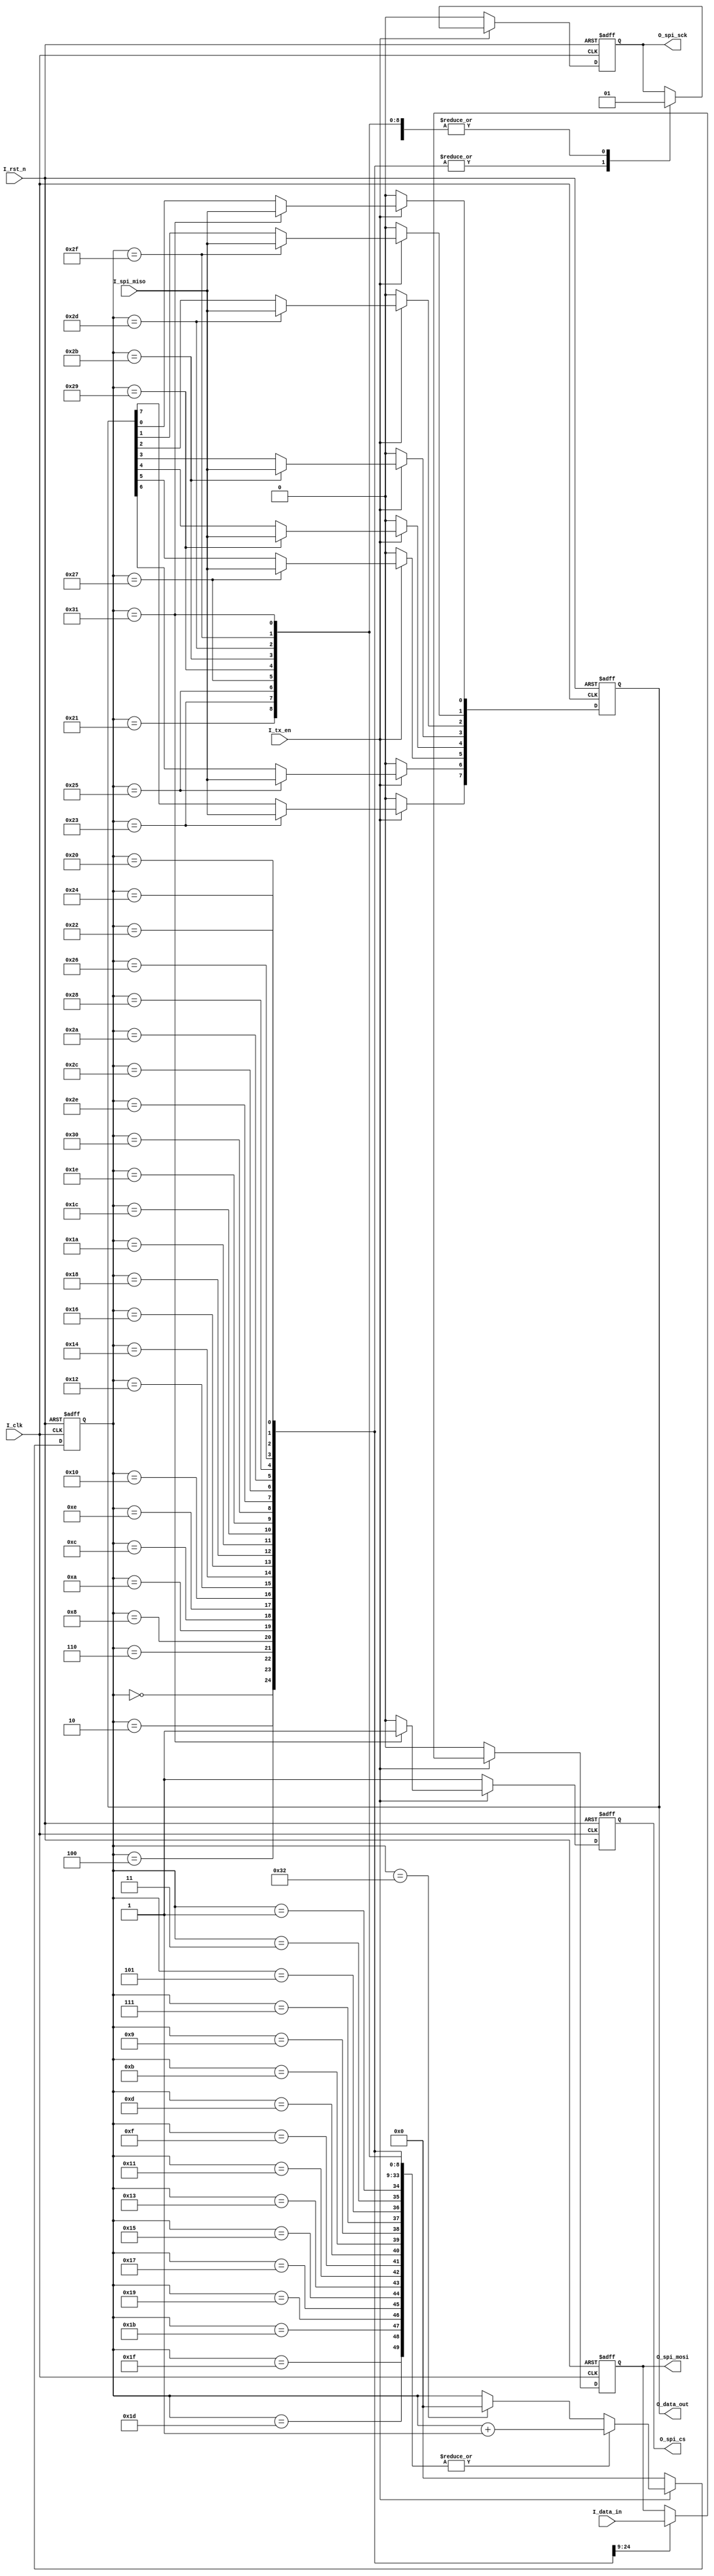
`timescale 1ns / 1ps
//////////////////////////////////////////////////////////////////////////////////
// Company: 
// Engineer: 
// 
// Design Name: 
// Module Name: spi_module
// Project Name: 
// Target Devices: 
// Tool Versions: 
// Description: 
// 
// Dependencies: 
// 
// Revision:
// Revision 0.01 - File Created
// Additional Comments:
// 
//////////////////////////////////////////////////////////////////////////////////


module spi_module
(
    input               I_clk       , // 50MHz
    input               I_rst_n     , // 
    input               I_tx_en     , // 
    input        [15:0]  I_data_in   , // 
    output  reg  [7:0]  O_data_out  , // 
    
    // SPI
    input               I_spi_miso  , // SPI
    output  reg         O_spi_sck   , // SPI
    output  reg         O_spi_cs    , // SPI
    output  reg         O_spi_mosi    // SPI          
);

reg [5:0]   state      ; 

always @(posedge I_clk or negedge I_rst_n)
begin
    if(!I_rst_n)
        begin
            state  <=  6'd0    ;
            O_spi_cs    <=  1'b1    ;
            O_spi_sck   <=  1'b0    ;
            O_spi_mosi  <=  1'b0    ;
            O_data_out  <=  8'd0    ;
        end 
    else if(I_tx_en) // 
        begin
            if(state==6'd50)
            begin
                state  <=  6'd0                    ; 
            end 
             O_spi_cs    <=  1'b0    ; // CS
            case(state)
                6'd1, 6'd3 , 6'd5 , 6'd7  , 
                6'd9, 6'd11, 6'd13, 6'd15 ,
                6'd17, 6'd19, 6'd21, 6'd23 ,
                6'd25 , 6'd27, 6'd29, 6'd31 : 
                //
                    begin
                        O_spi_sck   <=  1'b1                ;
                        state  <=  state + 1'b1   ;
                    end
                6'd0:    // 15
                    begin
                        O_spi_mosi  <=  I_data_in[15]        ;
                        O_spi_sck   <=  1'b0                ;
                        state  <=  state + 1'b1   ;          
                    end
                6'd2:    // 14
                    begin
                        O_spi_mosi  <=  I_data_in[14]        ;
                        O_spi_sck   <=  1'b0                ;
                        state  <=  state + 1'b1   ;
                    end
                6'd4:    // 13
                    begin
                        O_spi_mosi  <=  I_data_in[13]        ;
                        O_spi_sck   <=  1'b0                ;
                        state  <=  state + 1'b1   ;
                    end 
                6'd6:    // 12
                    begin
                        O_spi_mosi  <=  I_data_in[12]        ;
                        O_spi_sck   <=  1'b0                ;
                        state  <=  state + 1'b1   ;
                    end 
                6'd8:    // 11
                    begin
                        O_spi_mosi  <=  I_data_in[11]        ;
                        O_spi_sck   <=  1'b0                ;
                        state  <=  state + 1'b1   ;
                    end                            
                6'd10:    // 10
                    begin
                        O_spi_mosi  <=  I_data_in[10]        ;
                        O_spi_sck   <=  1'b0                ;
                        state  <=  state + 1'b1   ;
                    end 
                6'd12:    // 9
                    begin
                        O_spi_mosi  <=  I_data_in[9]        ;
                        O_spi_sck   <=  1'b0                ;
                        state  <=  state + 1'b1   ;
                    end 
                6'd14:    // 8
                    begin
                        O_spi_mosi  <=  I_data_in[8]        ;
                        O_spi_sck   <=  1'b0                ;
                        state  <=  state + 1'b1   ;
                    end
                                   6'd16:    // 7
                                       begin
                                           O_spi_mosi  <=  I_data_in[7]        ;
                                           O_spi_sck   <=  1'b0                ;
                                           state  <=  state + 1'b1   ;
                                       end
                                   6'd18:    // 6
                                       begin
                                           O_spi_mosi  <=  I_data_in[6]        ;
                                           O_spi_sck   <=  1'b0                ;
                                           state  <=  state + 1'b1   ;
                                       end
                                   6'd20:    // 5
                                       begin
                                           O_spi_mosi  <=  I_data_in[5]        ;
                                           O_spi_sck   <=  1'b0                ;
                                           state  <=  state + 1'b1   ;
                                       end 
                                   6'd22:    // 4
                                       begin
                                           O_spi_mosi  <=  I_data_in[4]        ;
                                           O_spi_sck   <=  1'b0                ;
                                           state  <=  state + 1'b1   ;
                                       end 
                                   6'd24:    // 3
                                       begin
                                           O_spi_mosi  <=  I_data_in[3]        ;
                                           O_spi_sck   <=  1'b0                ;
                                           state  <=  state + 1'b1   ;
                                       end                            
                                   6'd26:    // 2
                                       begin
                                           O_spi_mosi  <=  I_data_in[2]        ;
                                           O_spi_sck   <=  1'b0                ;
                                           state  <=  state + 1'b1   ;
                                       end 
                                   6'd28:    // 1
                                       begin
                                           O_spi_mosi  <=  I_data_in[1]        ;
                                           O_spi_sck   <=  1'b0                ;
                                           state  <=  state + 1'b1   ;
                                       end 
                                   6'd30:    // 0
                                       begin
                                           O_spi_mosi  <=  I_data_in[0]        ;
                                           O_spi_sck   <=  1'b0                ;
                                           state  <=  state + 1'b1   ;
                                       end
                   
                6'd32, 6'd34 , 6'd36 , 6'd38  , 
                6'd40, 6'd42, 6'd44, 6'd46, 6'd48 : //
                    begin
                        O_spi_sck  <=  1'b0                ;
                        state  <=  state + 1'b1   ;
                    end
                6'd33:    // 7
                    begin                       
                        O_spi_sck       <=  1'b1                ;
                        state      <=  state + 1'b1   ;
                     //   O_data_out[7]   <=  I_spi_miso          ;   
                    end
                6'd35:    // 6
                    begin
                        O_spi_sck       <=  1'b1                ;
                        state      <=  state + 1'b1   ;
                        O_data_out[7]   <=  I_spi_miso          ; 
                    end
                6'd37:    // 5
                    begin
                        O_spi_sck       <=  1'b1                ;
                        state      <=  state + 1'b1   ;
                        O_data_out[6]   <=  I_spi_miso          ; 
                    end 
                6'd39:    // 4
                    begin
                        O_spi_sck       <=  1'b1                ;
                        state      <=  state + 1'b1   ;
                        O_data_out[5]   <=  I_spi_miso          ; 
                    end 
                6'd41:    // 3
                    begin
                        O_spi_sck       <=  1'b1                ;
                        state      <=  state + 1'b1   ;
                        O_data_out[4]   <=  I_spi_miso          ; 
                    end                            
                6'd43:    // 2
                    begin
                        O_spi_sck       <=  1'b1                ;
                        state      <=  state + 1'b1   ;
                        O_data_out[3]   <=  I_spi_miso          ; 
                    end 
                6'd45:    // 1
                    begin
                        O_spi_sck       <=  1'b1                ;
                        state      <=  state + 1'b1   ;
                        O_data_out[2]   <=  I_spi_miso          ; 
                    end 
                6'd47:    // 0
                    begin
                        O_spi_sck       <=  1'b1                ;
                        state      <=  state + 1'b1   ;
                        O_data_out[1]   <=  I_spi_miso          ; 
                    end
                        6'd49:    // 0
                                 begin
                                     O_spi_sck       <=  1'b1                ;
                                     state      <=  state + 1'b1   ;
                                     O_data_out[0]   <=  I_spi_miso          ; 
                                      O_spi_cs<=1'b1;
                                 end
                default:;//state  <=  6'd0                    ;   
            endcase 
        end    
    else
        begin
            state  <=  6'd0    ;
            O_spi_cs    <=  1'b1    ;
            O_spi_sck   <=  1'b0    ;
            O_spi_mosi  <=  1'b0    ;
            O_data_out  <=  8'd0    ;
        end   
           
end

endmodule